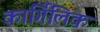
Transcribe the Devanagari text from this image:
कार्गिलिक